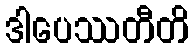
ဒါပေဿတီတိ